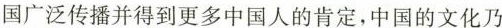
国广泛传播并得到更多中国人的肯定，中国的文化乃